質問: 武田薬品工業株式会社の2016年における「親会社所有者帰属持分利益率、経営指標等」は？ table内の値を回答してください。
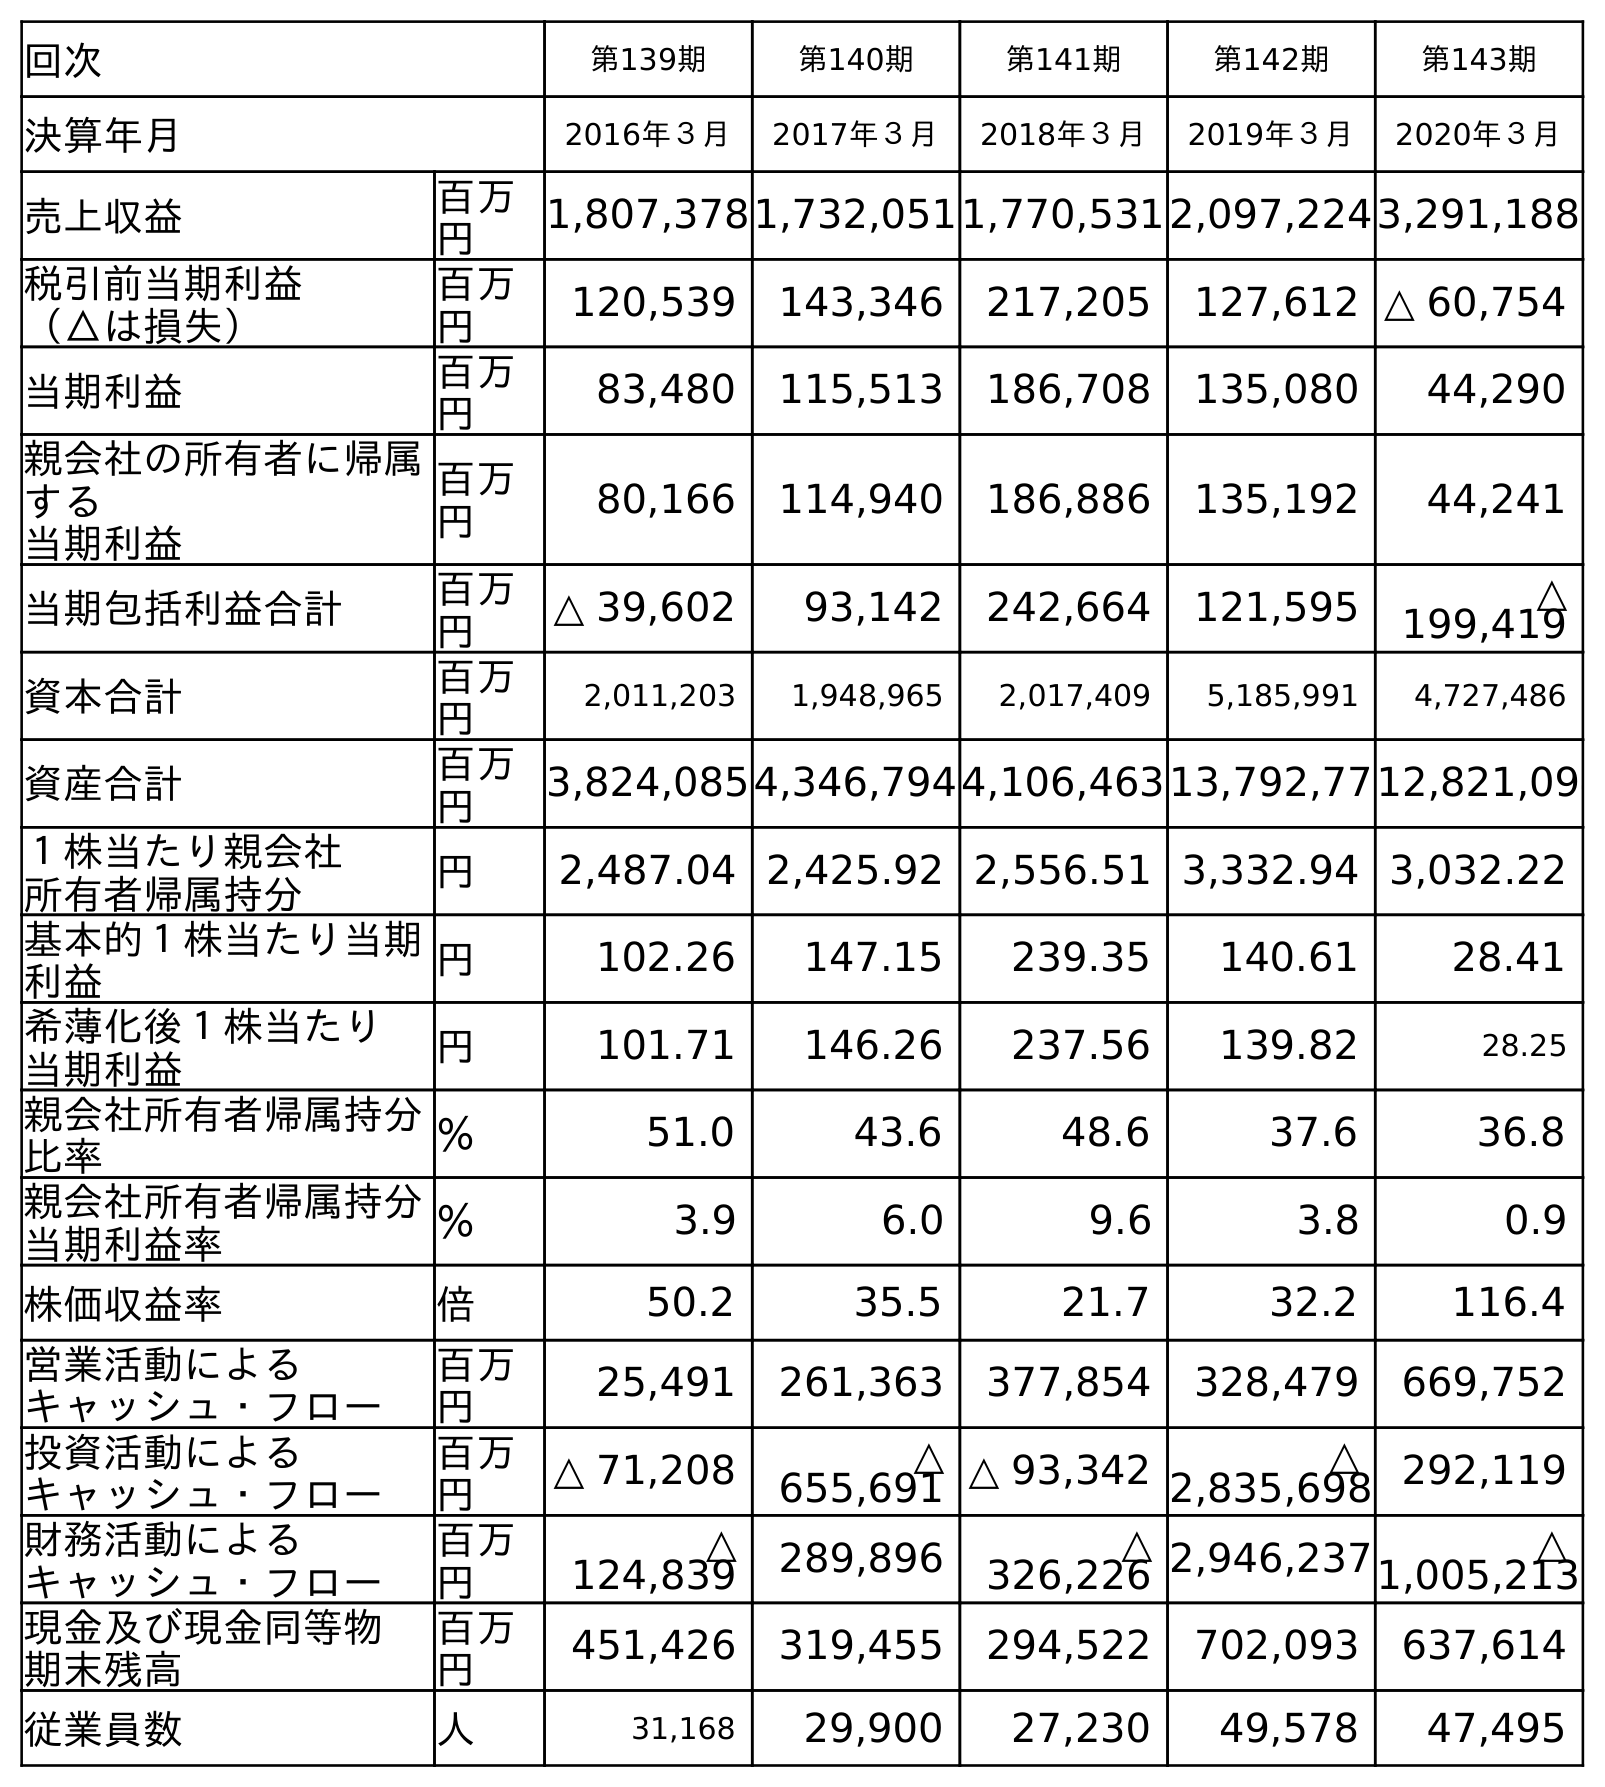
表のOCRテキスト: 回次 第139期 第140期 第141期 第142期 第143期 決算年月 2016年３月 2017年３月 2018年３月 2019年３月 2020年３月 売上収益 百万 円 1,807,3781,732,0511,770,5312,097,2243,291,188 税引前当期利益 （△は損失） 百万 円 120,539 143,346 217,205 127,612 △ 60,754 当期利益 百万 円 83,480 115,513 186,708 135,080 44,290 親会社の所有者に帰属 する 当期利益 百万 円 80,166 114,940 186,886 135,192 44,241 当期包括利益合計 百万 円 △ 39,602 93,142 242,664 121,595 △ 199,419 資本合計 百万 円 2,011,203 1,948,965 2,017,409 5,185,991 4,727,486 資産合計 百万 円 3,824,0854,346,7944,106,46313,792,7712,821,09 １株当たり親会社 所有者帰属持分 円 2,487.04 2,425.92 2,556.51 3,332.94 3,032.22 基本的１株当たり当期 利益 円 102.26 147.15 239.35 140.61 28.41 希薄化後１株当たり 当期利益 円 101.71 146.26 237.56 139.82 28.25 親会社所有者帰属持分 比率 ％ 51.0 43.6 48.6 37.6 36.8 親会社所有者帰属持分 当期利益率 ％ 3.9 6.0 9.6 3.8 0.9 株価収益率 倍 50.2 35.5 21.7 32.2 116.4 営業活動による キャッシュ・フロー 百万 円 25,491 261,363 377,854 328,479 669,752 投資活動による キャッシュ・フロー 百万 円 △ 71,208 △ 655,691 △ 93,342 △ 2,835,698 292,119 財務活動による キャッシュ・フロー 百万 円 △ 124,839 289,896 △ 326,226 2,946,237 △ 1,005,213 現金及び現金同等物 期末残高 百万 円 451,426 319,455 294,522 702,093 637,614 従業員数 人 31,168 29,900 27,230 49,578 47,495
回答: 3.9